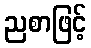
ညစာဖြင့်